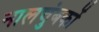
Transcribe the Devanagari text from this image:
नालचुंबकों